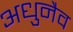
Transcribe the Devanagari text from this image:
अधुनैव